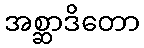
အစ္ဆာဒိတော